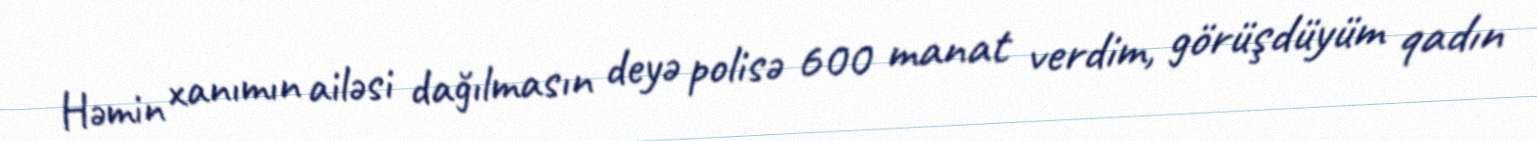
Həmin xanımın ailəsi dağılmasın deyə polisə 600 manat verdim, görüşdüyüm qadın